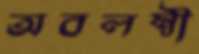
অবলম্বী